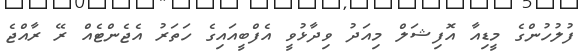
ފުލުހުންގެ މީޑިއާ އޮފިޝަލް މިއަދު ވިދާޅުވީ އެފްބީއައިގެ ހަތަރު އެޖެންޓެއް ރޭ ރާއްޖެ